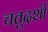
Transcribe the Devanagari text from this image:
चतुदर्शी